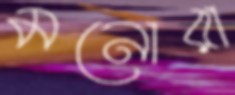
মনোরা